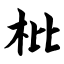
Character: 枇